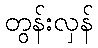
တွန်းလှန်